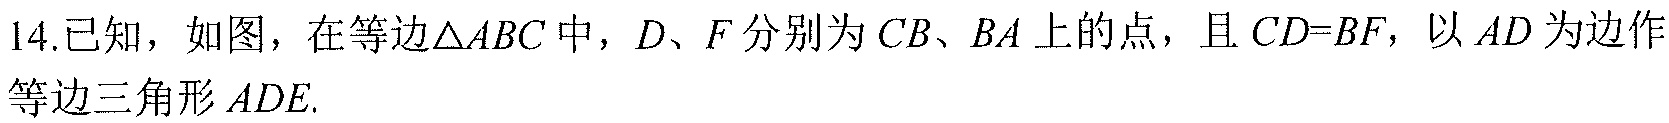
14.已知，如图，在等边\(\triangle ABC\)中，\(D、F\)分别为 \(CB、BA\) 上的点，且 \(CD = BF\)，以 \(AD\) 为边作
等边三角形 \(ADE\).